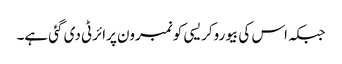
جبکہ اس کی بیوروکریسی کو نمبرون پرائرٹی دی گئی ہے۔